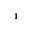
^ { 1 }